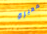
شهيرة